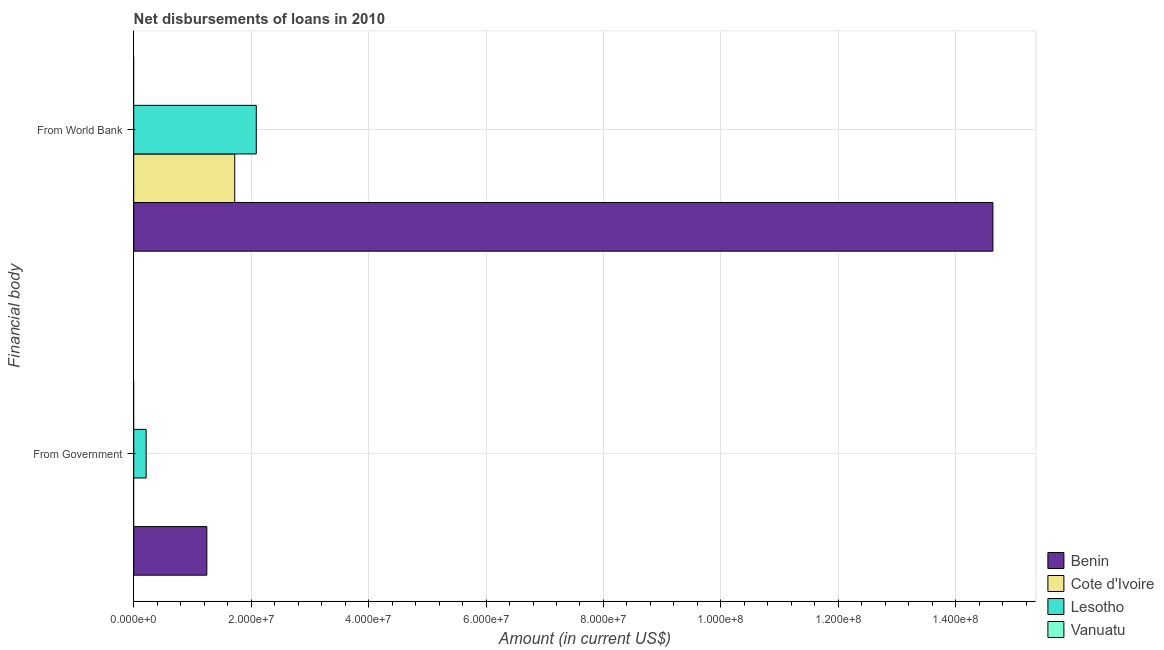
| Financial body | Benin | Cote d'Ivoire | Lesotho | Vanuatu |
 | --- | --- | --- | --- | --- |
 | From Government | 1.24e+07 | -1.13e+08 | 2.11e+06 | -3.01e+05 |
 | From World Bank | 1.46e+08 | 1.72e+07 | 2.09e+07 | -3.26e+06 |